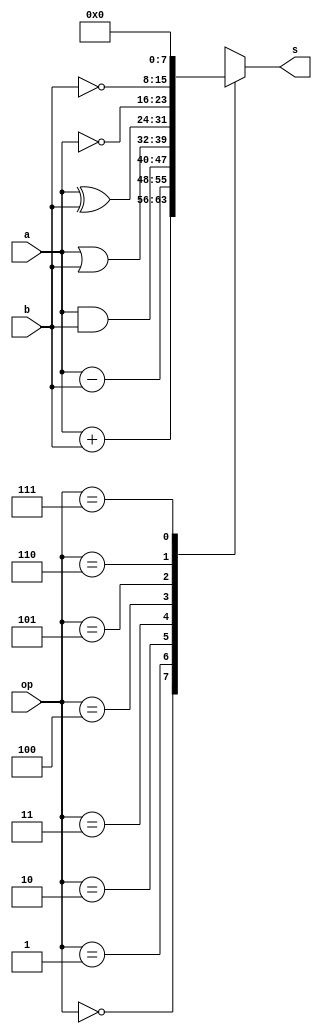
module ALU (
    output reg [7:0] s,
    input [7:0] a, b,
    input [2:0] op
);

    always @(*) begin
        /* three bits, so the range of bench is 0 ~ 7 */
        case(op)
        3'h0:s = a + b;
        3'h1:s = a - b;
        3'h2:s = a & b;
        3'h3:s = a | b;
        3'h4:s = a ^ b;
        3'h5:s = ~a;
        3'h6:s = ~b;
        3'h7:s = 0;
        endcase
    end
endmodule